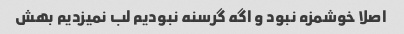
اصلا خوشمزه نبود و اگه گرسنه نبودیم لب نمیزدیم بهش